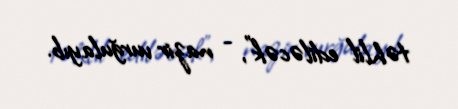
təhlil ediləcək", - nazir vurğulayıb.